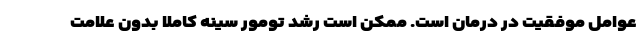
عوامل موفقیت در درمان است. ممکن است رشد تومور سینه کاملا بدون علامت